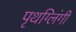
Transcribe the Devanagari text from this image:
पृथग्लिंगी